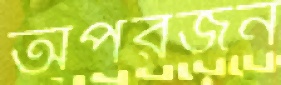
অপরজন